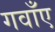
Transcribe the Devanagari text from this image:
गवाँए